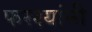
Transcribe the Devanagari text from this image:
फरश्यांनी